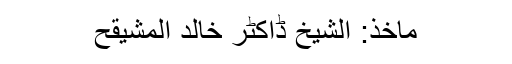
ماخذ: الشيخ ڈاکٹر خالد المشیقح